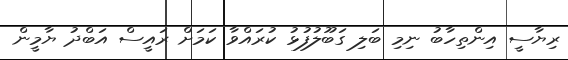
ރިޔާސީ އިންތިހާބު ނިމި ބަލި ގަބޫލުފުޅު ކުރައްވާ ކަމަށް ރައީސް އަބްދު ޔާމީން